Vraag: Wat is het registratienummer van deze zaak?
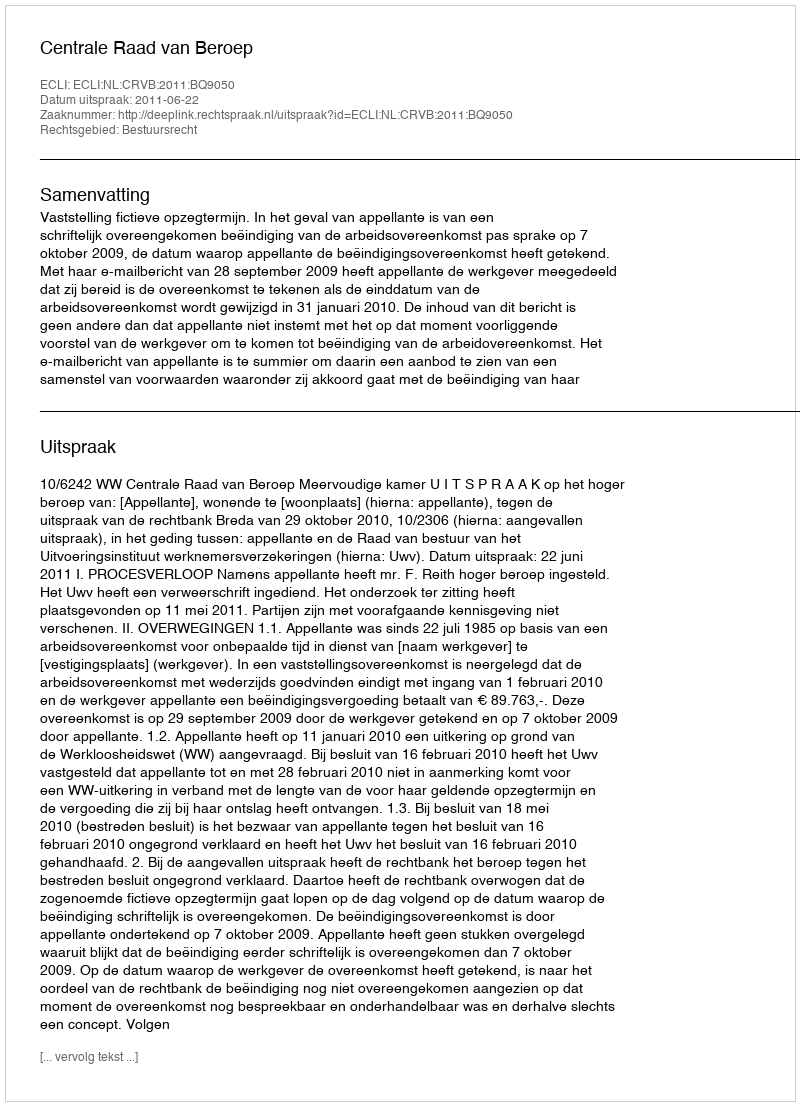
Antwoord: http://deeplink.rechtspraak.nl/uitspraak?id=ECLI:NL:CRVB:2011:BQ9050